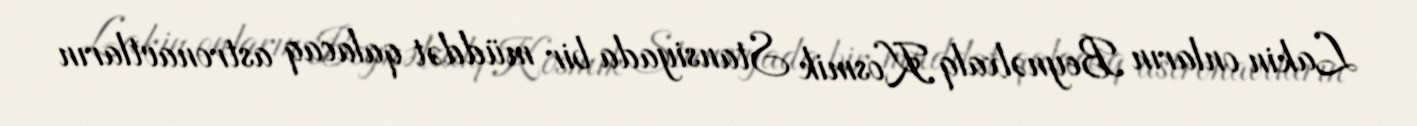
Lakin onların Beynəlxalq Kosmik Stansiyada bir müddət qalacaq astronavtların